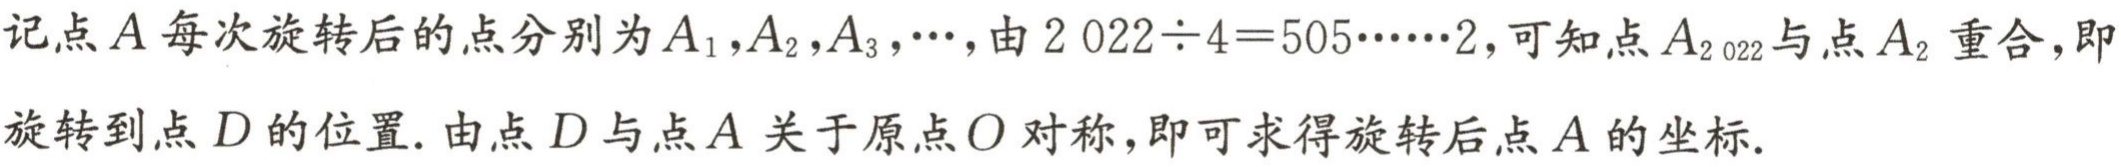
记点\(A\)每次旋转后的点分别为\(A_{1},A_{2},A_{3},\cdots\)，由\(2022\div4 = 505\cdots\cdots2\)，可知点\(A_{2022}\)与点\(A_{2}\)重合，即旋转到点\(D\)的位置. 由点\(D\)与点\(A\)关于原点\(O\)对称，即可求得旋转后点\(A\)的坐标.